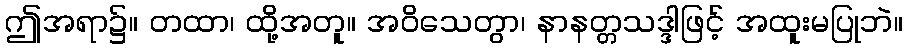
ဤအရာ၌။ တထာ၊ ထို့အတူ။ အဝိသေတွာ၊ နာနတ္တသဒ္ဒါဖြင့် အထူးမပြုဘဲ။